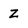
Character: Z